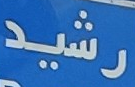
رشيد